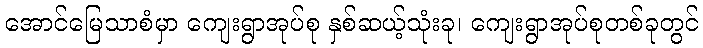
အောင်မြေသာစံမှာ ကျေးရွာအုပ်စု နှစ်ဆယ့်သုံးခု၊ ကျေးရွာအုပ်စုတစ်ခုတွင်